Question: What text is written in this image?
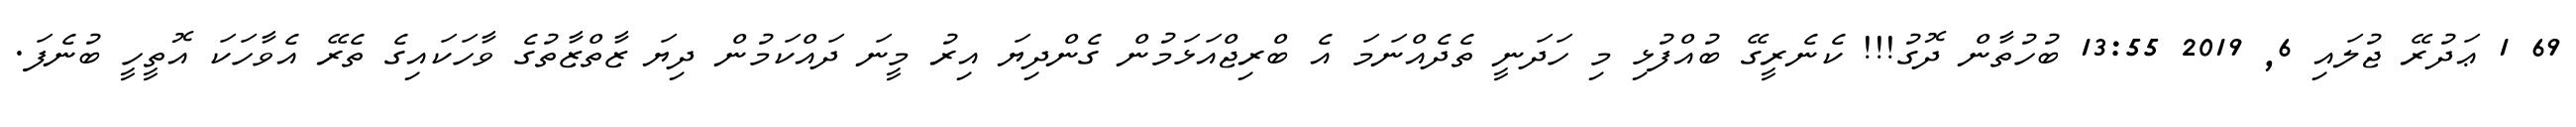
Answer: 69 1 ޢަދުރޭ ޖުލައި 6, 2019 13:55 ބުހުތާން ދޮގު!!! ކެނެރީގޭ ބުއްފުޅި މި ހަދަނީ ތެދެއްނަމަ އެ ބްރިޖްއަޅަމުން ގެންދިޔަ އިރު މީނަ ދައްކަމުން ދިޔަ ޒާތްޒާތުގެ ވާހަކައިގެ ތެރޭ އެވާހަކަ އޮތީހީ ބުނެފަ.